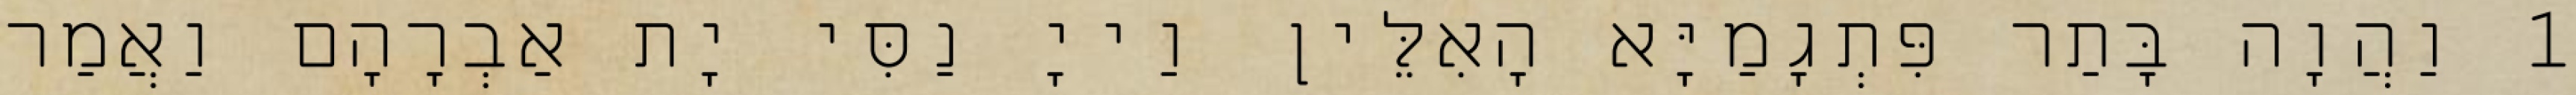
1 וַהֲוָה בָּתַר פִּתְגָמַיָּא הָאִלֵּין וַייָ נַסִּי יָת אַבְרָהָם וַאֲמַר